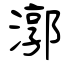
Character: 漷